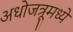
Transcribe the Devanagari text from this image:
अधोजत्रूमध्ये